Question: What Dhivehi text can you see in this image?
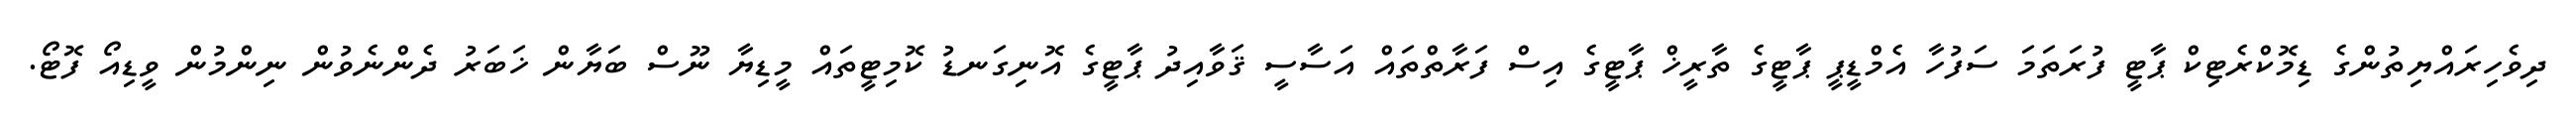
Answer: ދިވެހިރައްޔިތުންގެ ޑިމޮކްރެޓިކް ޕާޓީ ފުރަތަމަ ސަފުހާ އެމްޑީޕީ ޕާޓީގެ ތާރީޚް ޕާޓީގެ އިސް ފަރާތްތައް އަސާސީ ޤަވާއިދު ޕާޓީގެ އޮނިގަނޑު ކޮމިޓީތައް މީޑިޔާ ނޫސް ބަޔާން ޚަބަރު ދެންނެވުން ނިންމުން ވީޑިއޯ ފޮޓޯ.